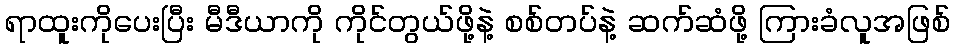
ရာထူးကိုပေးပြီး မီဒီယာကို ကိုင်တွယ်ဖို့နဲ့ စစ်တပ်နဲ့ ဆက်ဆံဖို့ ကြားခံလူအဖြစ်